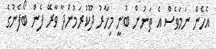
އެހެން ނަމަވެސް އެ ތަނުން ބުނީ މިހާރު ދޫކުރަމުންދާ ވާރޭ ފެން ބޯފެނުގެ